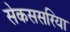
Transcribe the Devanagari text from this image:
सेकससरिया